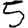
Digit: 5